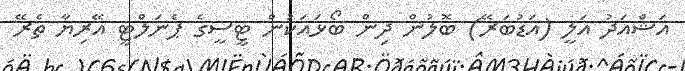
އަޝްއަދު އަލީ (އަޑުބަރޭ) ބޮލުން ދިން ބޯޅައަކުން ޓީސީގެ ޕެނަލްޓީ އޭރިޔާ ތެރޭ